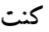
كنت